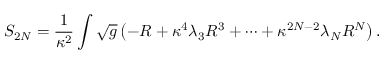
S _ { 2 N } = \frac { 1 } { \kappa ^ { 2 } } \int \sqrt { g } \left( - R + \kappa ^ { 4 } \lambda _ { 3 } R ^ { 3 } + \cdots + \kappa ^ { 2 N - 2 } \lambda _ { N } R ^ { N } \right) .